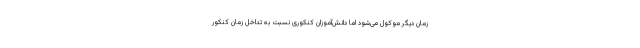
زمان دیگر موکول می‌شود اما دانش‌آموزان کنکوری نسبت به تداخل زمان کنکور